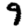
Digit: 9